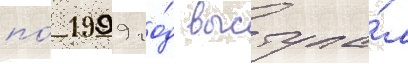
по́ 1999 го́д выступа́л